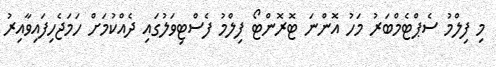
މި ފިލްމު ސެޕްޓެމްބަރު މަހު އޮންނަ ޓޮރޮންޓޯ ފިލްމު ފެސްޓިވަލުގައި ދެއްކުމަށް ހަމަޖެހިފައިވާއިރު